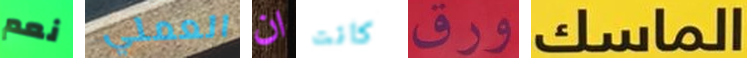
نعم العملي ان كانت ورق الماسك